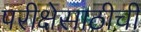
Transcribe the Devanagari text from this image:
परीक्षेसाठीची